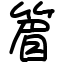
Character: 篃